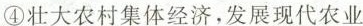
④壮大农村集体经济，发展现代农业